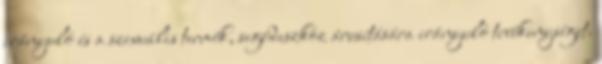
irányuló és a szexuális termék, segédeszköz árusítására irányuló tevékenységet.